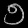
Digit: ၅